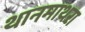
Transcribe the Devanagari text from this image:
थानमाथरा